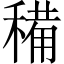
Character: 𥡘